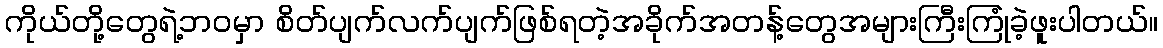
ကိုယ်တို့တွေရဲ့ဘဝမှာ စိတ်ပျက်လက်ပျက်ဖြစ်ရတဲ့အခိုက်အတန့်တွေအများကြီးကြုံခဲ့ဖူးပါတယ်။